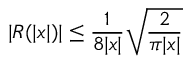
\lvert R ( \lvert x \rvert ) \rvert \le \frac { 1 } { 8 \lvert x \rvert } \sqrt { \frac { 2 } { \pi \lvert x \rvert } }